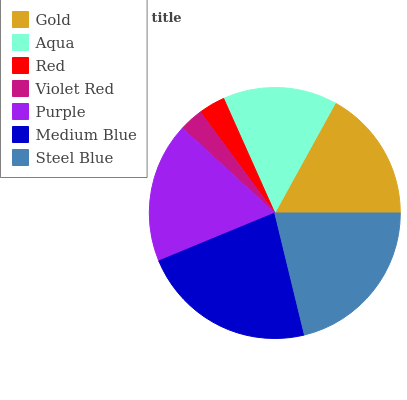
| Gold | Aqua | Red | Violet Red | Purple | Medium Blue | Steel Blue |
 | --- | --- | --- | --- | --- | --- | --- |
 | 17% | 14.7% | 3.42% | 3.06% | 18% | 22.6% | 21.2% |